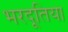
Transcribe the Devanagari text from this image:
भरदूतिया